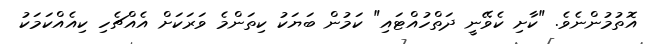
އޮތުމުންނެވެ. "ކާށި ކެވޭނީ ދަތްހުއްޓައި" ކަމުން ބަޔަކު ކިތަންމެ ވަރަކަށް އެއްޗެހި ކިއެއްކަމަކު